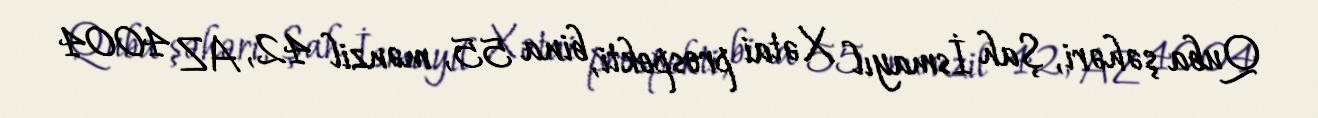
Quba şəhəri, Şah İsmayıl Xətai prospekti, bina 55, mənzil 42, AZ 4004